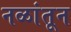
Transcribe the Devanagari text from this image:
नळांतून